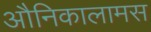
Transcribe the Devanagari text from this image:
औनिकालामस